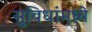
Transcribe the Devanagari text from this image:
सुविधांमध्ये